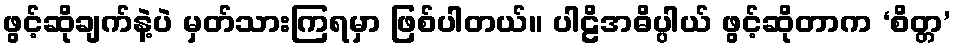
ဖွင့်ဆိုချက်နဲ့ပဲ မှတ်သားကြရမှာ ဖြစ်ပါတယ်။ ပါဠိအဓိပ္ပါယ် ဖွင့်ဆိုတာက ‘စိတ္တ’